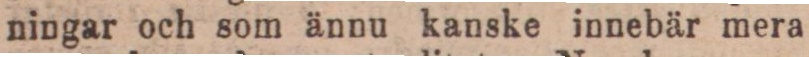
ningar och som ännu kanske innebär mera